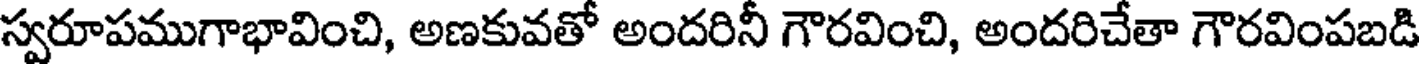
స్వరూపముగాభావించి, అణకువతో అందరినీ గౌరవించి, అందరిచేతా గౌరవింపబడి